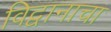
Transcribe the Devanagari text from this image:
विद्वानाचा